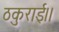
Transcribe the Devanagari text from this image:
ठकुराई।।